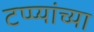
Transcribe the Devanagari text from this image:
टप्प्यांच्या